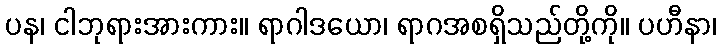
ပန၊ ငါဘုရားအားကား။ ရာဂါဒယော၊ ရာဂအစရှိသည်တို့ကို။ ပဟီနာ၊